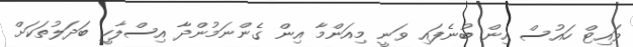
ވައިޓް ހައުސް އިން ބުނެފައި ވަނީ މިއަންމާ އިން ގެންނަމުންދާ އިސްލާހީ ބަދަލުތަކަށް